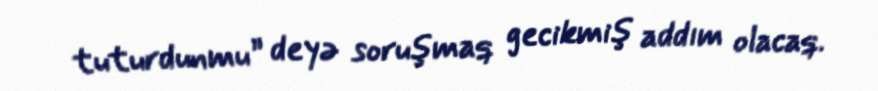
tuturdunmu” deyə soruşmaq gecikmiş addım olacaq.